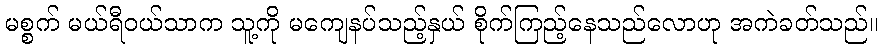
မစ္စက် မယ်ရီဝယ်သာက သူ့ကို မကျေနပ်သည့်နှယ် စိုက်ကြည့်နေသည်လောဟု အကဲခတ်သည်။